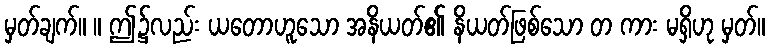
မှတ်ချက်။ ။ ဤ၌လည်း ယတောဟူသော အနိယတ်၏ နိယတ်ဖြစ်သော တ ကား မရှိဟု မှတ်။